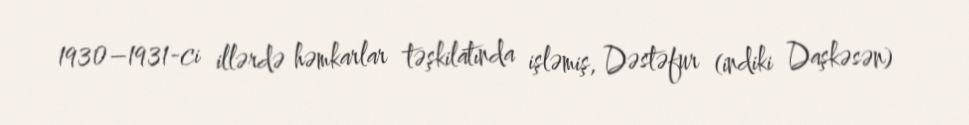
1930–1931-ci illərdə həmkarlar təşkilatında işləmiş, Dəstəfur (indiki Daşkəsən)